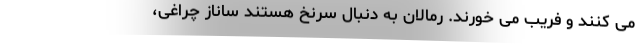
می کنند و فریب می خورند. رمالان به دنبال سرنخ هستند ساناز چراغی،